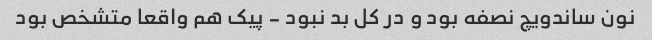
نون ساندویچ نصفه بود و در کل بد نبود - پیک هم واقعا متشخص بود